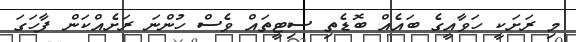
މި ރަށަކީ ހަވާއީގެ ބައެއް ބޮޑެތި ސިޓީތައް ވެސް ހުންނަ ރަށެއްކަން ފާހަގަ